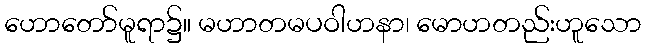
ဟောတော်မူရာ၌။ မဟာတမပဝါဟနာ၊ မောဟတည်းဟူသော